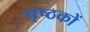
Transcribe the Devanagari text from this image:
पृष्ठकों